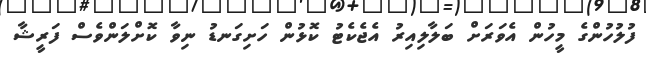
ފުލުހުންގެ މީހުން އެވަރަށް ބަލާލިއިރު އެޖެކެޓު ކޮޅުން ހަށިގަނޑު ނިވާ ކޮށްލަންވެސް ފަރީޝާ